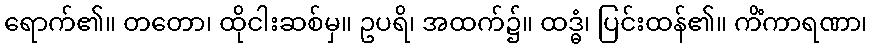
ရောက်၏။ တတော၊ ထိုငါးဆစ်မှ။ ဥပရိ၊ အထက်၌။ ထဒ္ဓံ၊ ပြင်းထန်၏။ ကိံကာရဏာ၊